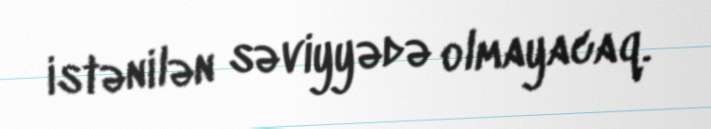
istənilən səviyyədə olmayacaq.